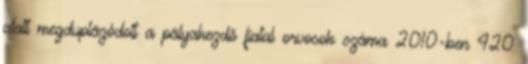
alatt megduplázódott a pályakezdő fiatal orvosok száma 2010-ben 420